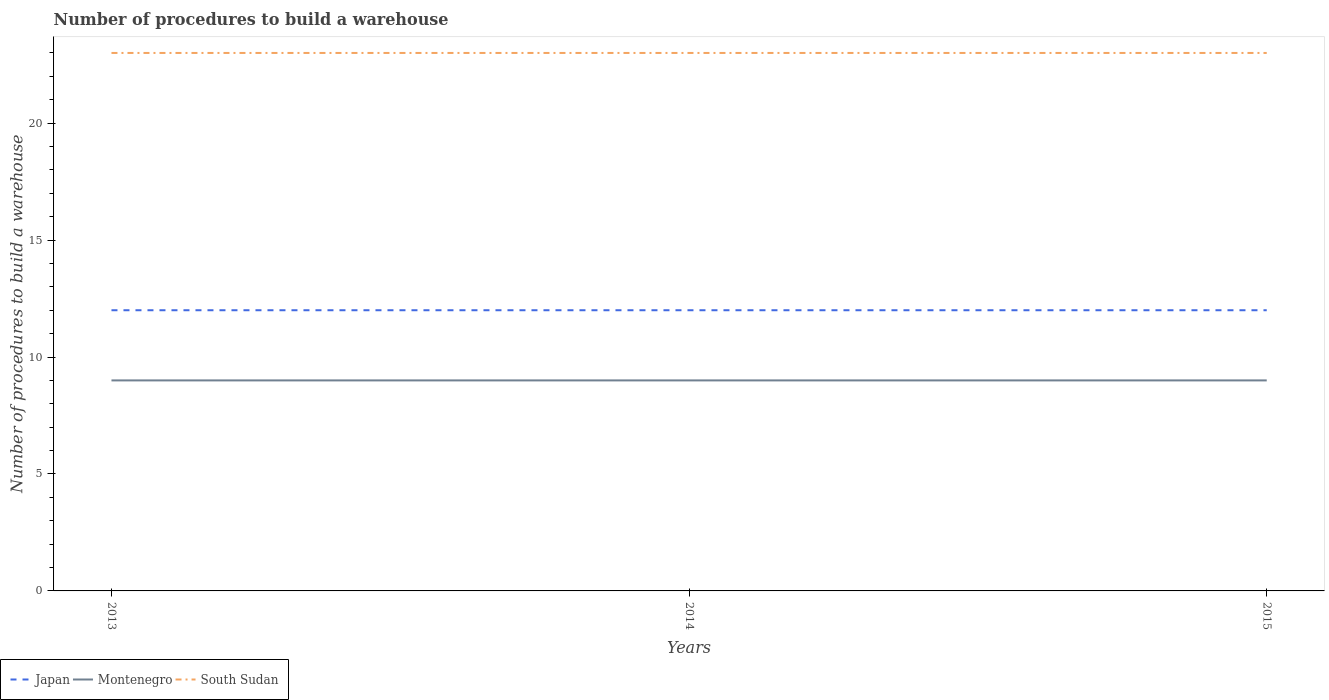
| Years | Japan | Montenegro | South Sudan |
 | --- | --- | --- | --- |
 | 2013 | 12 | 9 | 23 |
 | 2014 | 12 | 9 | 23 |
 | 2015 | 12 | 9 | 23 |